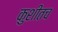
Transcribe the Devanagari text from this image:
कुशीतच